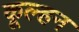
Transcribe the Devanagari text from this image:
कूल्हन